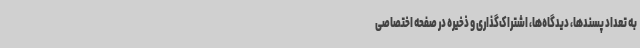
به تعداد پسندها، دیدگاه‌ها، اشتراک‌گذاری و ذخیره در صفحه اختصاصی